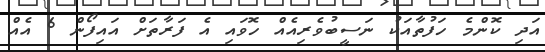
އަދި ކޮންމެ ހަފުތާއަކު ނަސީބުވެރިއެއް ހޮވައި އެ ފަރާތަށް އައިފޯން 6 އެއް